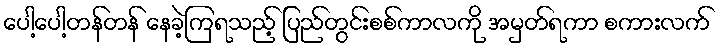
ပေါ့ပေါ့တန်တန် နေခဲ့ကြရသည့် ပြည်တွင်းစစ်ကာလကို အမှတ်ရကာ စကားလက်